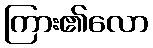
ကြား၏လော